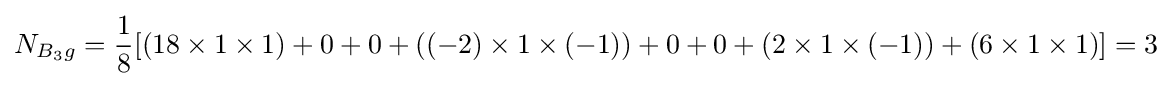
N_{B_{3}g}={\frac {1}{8}}[(18\times 1\times 1)+0+0+((-2)\times 1\times (-1))+0+0+(2\times 1\times (-1))+(6\times 1\times 1)]=3